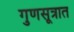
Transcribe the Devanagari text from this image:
गुणसूत्रात